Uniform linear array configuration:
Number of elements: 12
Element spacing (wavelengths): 1
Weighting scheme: kaiser
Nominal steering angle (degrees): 15
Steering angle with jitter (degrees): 13.582
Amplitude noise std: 0.05
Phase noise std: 0.05

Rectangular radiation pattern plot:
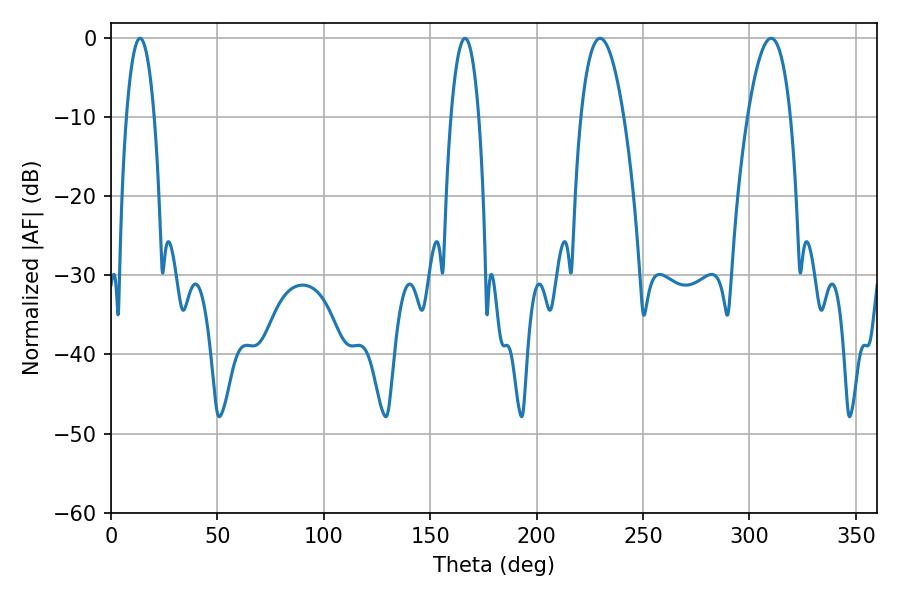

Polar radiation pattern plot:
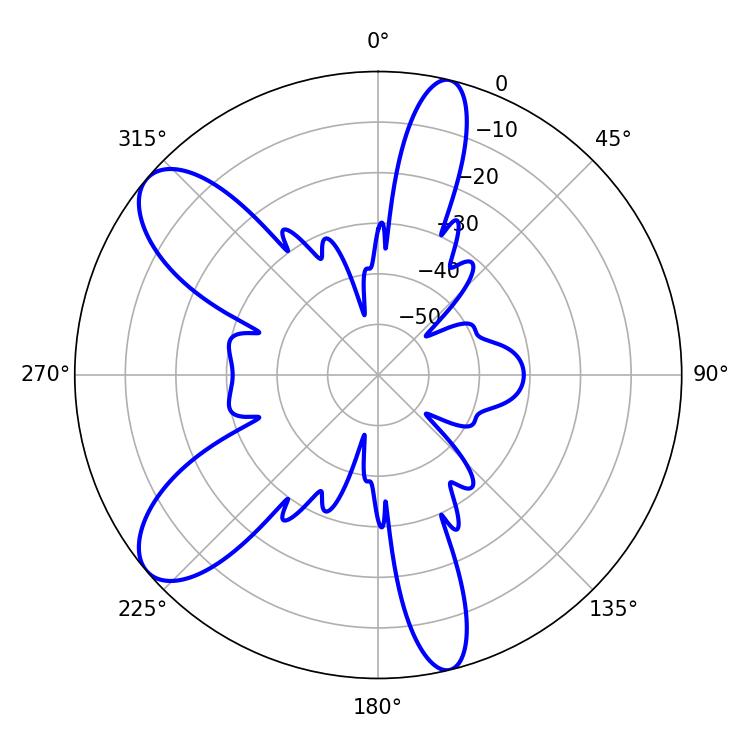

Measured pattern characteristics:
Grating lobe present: TRUE
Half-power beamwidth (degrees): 7.2
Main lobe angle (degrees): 13.68